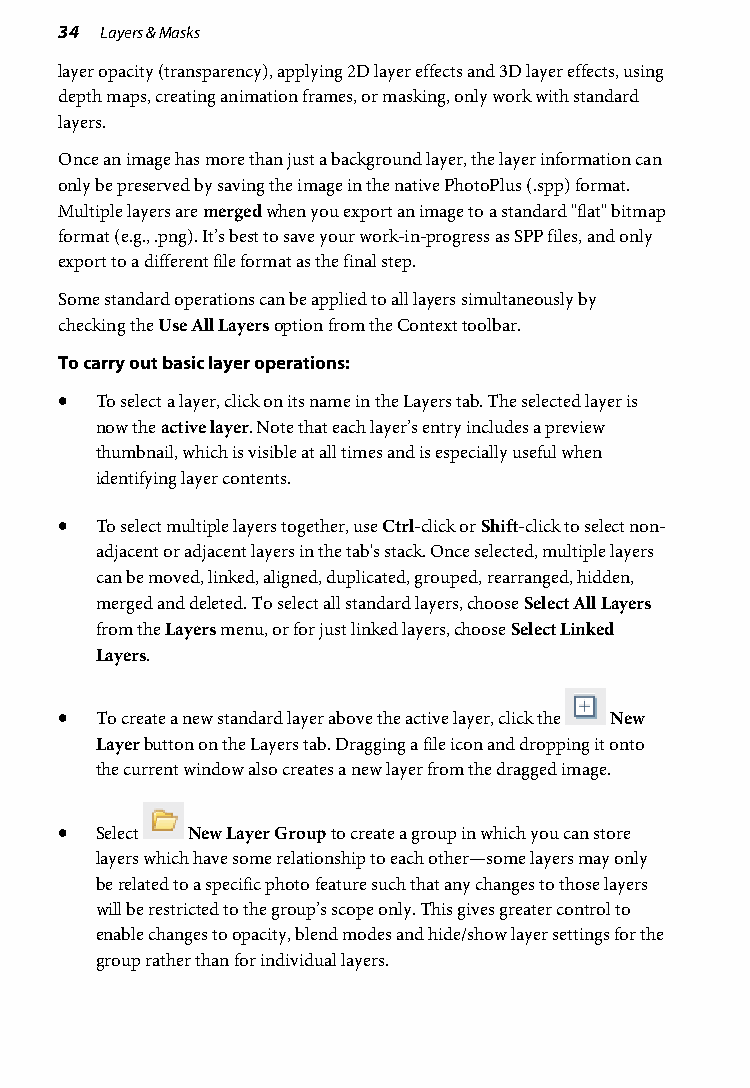
34 Layers & Masks
 layer opacity (transparency), applying 2D layer effects and 3D layer effects, using
 depth maps, creating animation frames, or masking, only work with standard
 layers.
 Once an image has more than just a background layer, the layer information can
 only be preserved by saving the image in the native PhotoPlus (.spp) format.
 Multiple layers are merged when you export an image to a standard "flat" bitmap
 format (e.g., .png). It’s best to save your work-in-progress as SPP files, and only
 export to a different file format as the final step.
 Some standard operations can be applied to all layers simultaneously by
 checking the Use All Layers option from the Context toolbar.
 To carry out basic layer operations:
 • To select a layer, click on its name in the Layers tab. The selected layer is
 now the active layer. Note that each layer’s entry includes a preview
 thumbnail, which is visible at all times and is especially useful when
 identifying layer contents.
 • To select multiple layers together, use Ctrl-click or Shift-click to select non-
 adjacent or adjacent layers in the tab's stack. Once selected, multiple layers
 can be moved, linked, aligned, duplicated, grouped, rearranged, hidden,
 merged and deleted. To select all standard layers, choose Select All Layers
 from the Layers menu, or for just linked layers, choose Select Linked
 Layers.
 • To create a new standard layer above the active layer, click the New
 Layer button on the Layers tab. Dragging a file icon and dropping it onto
 the current window also creates a new layer from the dragged image.
 • Select New Layer Group to create a group in which you can store
 layers which have some relationship to each other—some layers may only
 be related to a specific photo feature such that any changes to those layers
 will be restricted to the group’s scope only. This gives greater control to
 enable changes to opacity, blend modes and hide/show layer settings for the
 group rather than for individual layers.